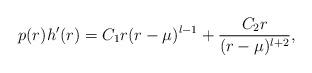
LaTeX: \begin{align*}p(r)h'(r) = C_1 r(r - \mu)^{l-1} + {C_2 r \over (r - \mu)^{l +2}},\end{align*}